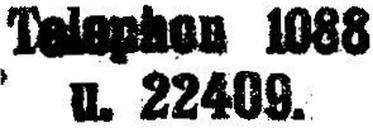
Telephon 1088